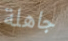
جاهلة